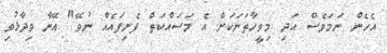
އެހެން ނަމަވެސް އަދި މިވީހާތަނަކަށް އެ މަސައްކަތް ފެށިފައެއް ނުވޭ" އޭނާ ވިދާޅުވި